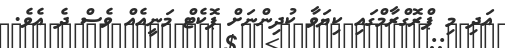
އަދި މި ޕްރޮގްރާމްގައި ކިޔަވާ ކުދިންނަށް ޕޮކެޓް މަނީއެއް ވެސް ދެ އެވެ.